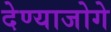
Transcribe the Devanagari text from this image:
देण्याजोगे